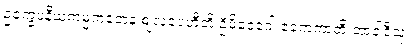
ဥက္ခေပနီယကမ္မကတေန ဈလပေဟီတိ ဦမိဝေဂေါ ဧကေကာတိ ဘာဝါဒီသု